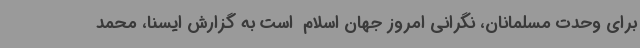
برای وحدت مسلمانان، نگرانی امروز جهان اسلام  است به گزارش ایسنا، محمد